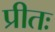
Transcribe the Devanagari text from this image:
प्रीतः